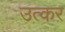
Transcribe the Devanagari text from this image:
उत्कर